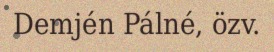
Demjén Pálné, özv.